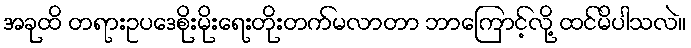
အခုထိ တရားဥပဒေစိုးမိုးရေးတိုးတက်မလာတာ ဘာကြောင့်လို့ ထင်မိပါသလဲ။